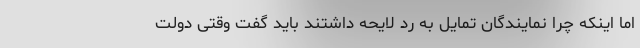
اما اینکه چرا نمایندگان تمایل به رد لایحه داشتند باید گفت وقتی دولت